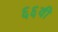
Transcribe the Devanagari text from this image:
६६वी